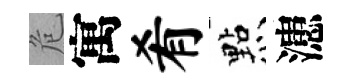
危寓肴㸃漶